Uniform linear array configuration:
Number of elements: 8
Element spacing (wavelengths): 0.75
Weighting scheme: hamming
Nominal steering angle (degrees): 15
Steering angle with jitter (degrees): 15.112
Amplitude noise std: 0.05
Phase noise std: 0.05

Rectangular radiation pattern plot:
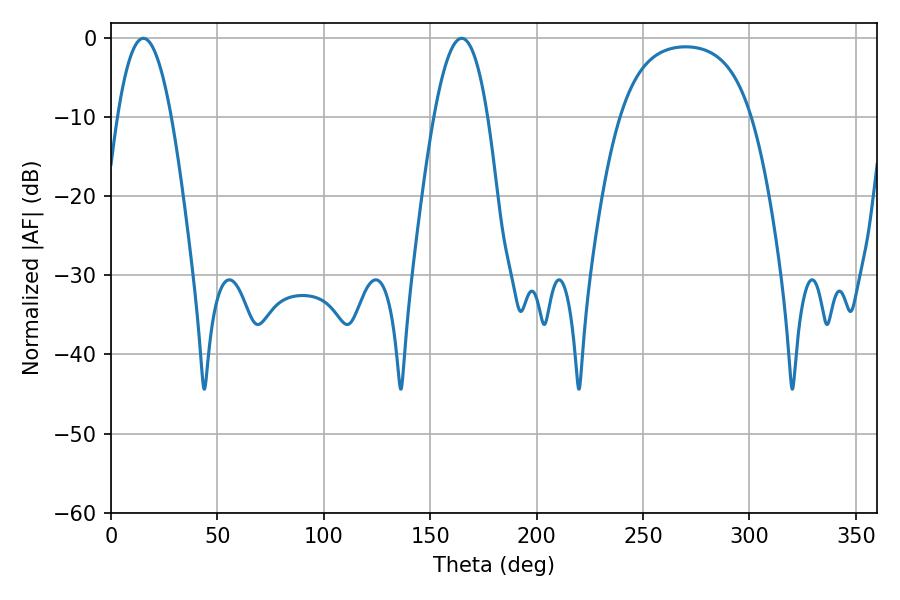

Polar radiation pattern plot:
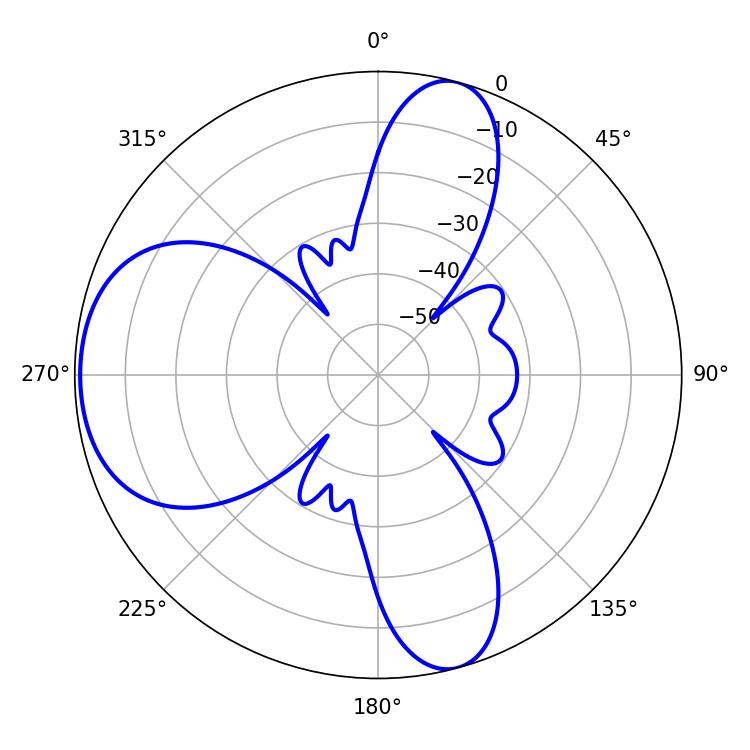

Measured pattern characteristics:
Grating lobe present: TRUE
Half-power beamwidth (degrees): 13.86
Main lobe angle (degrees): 15.3